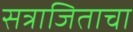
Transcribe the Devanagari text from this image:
सत्राजिताचा